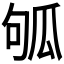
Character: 𤫱